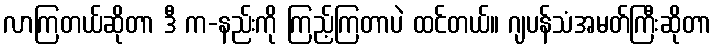
လာကြတယ်ဆိုတာ ဒီ က-နည်းကို ကြည့်ကြတာပဲ ထင်တယ်။ ဂျပန်သံအမတ်ကြီးဆိုတာ